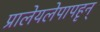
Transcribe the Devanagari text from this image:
प्रालेयलेपापहृन्